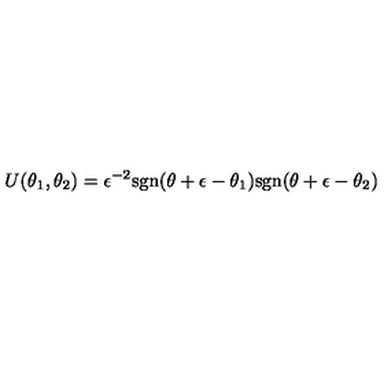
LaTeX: U ( \theta _ { 1 } , \theta _ { 2 } ) = \epsilon ^ { - 2 } \mathrm { s g n } ( \theta + \epsilon - \theta _ { 1 } ) \mathrm { s g n } ( \theta + \epsilon - \theta _ { 2 } )